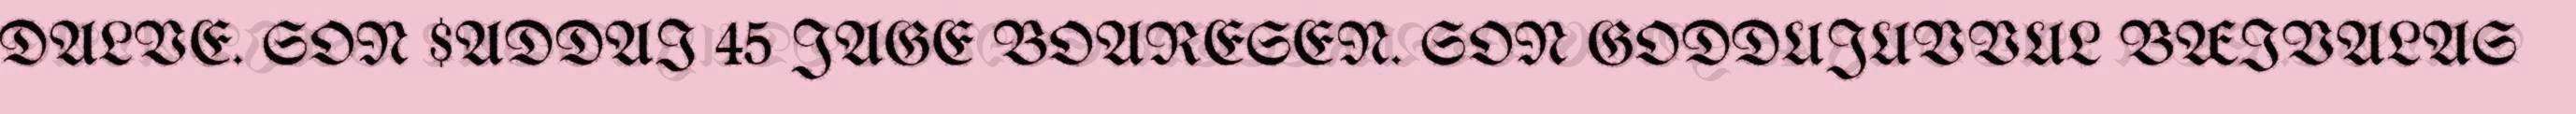
DALVE. SON $ADDAI 45 JAGE BOARESEN. SON GODDUJUVVUL BÆIVALAS